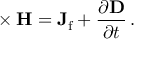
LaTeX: \mathbf { \nabla } \times \mathbf { H } = \mathbf { J } _ { \mathrm { f } } + { \frac { \partial \mathbf { D } } { \partial t } } \, .